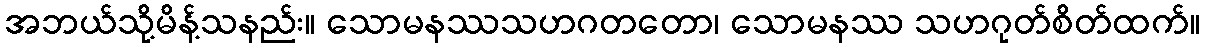
အဘယ်သို့မိန့်သနည်း။ သောမနဿသဟဂတတော၊ သောမနဿ သဟဂုတ်စိတ်ထက်။